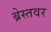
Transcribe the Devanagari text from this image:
ब्रेस्तवर